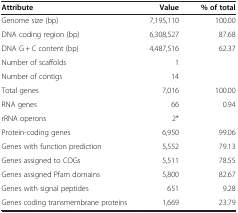
<table><thead><tr><td><b>Attribute</b></td><td><b>Value</b></td><td><b>% of total</b></td></tr></thead><tbody><tr><td>Genome size (bp)</td><td>7,195,110</td><td>100.00</td></tr><tr><td>DNA coding region (bp)</td><td>6,308,527</td><td>87.68</td></tr><tr><td>DNA G + C content (bp)</td><td>4,487,516</td><td>62.37</td></tr><tr><td>Number of scaffolds</td><td>1</td><td> </td></tr><tr><td>Number of contigs</td><td>14</td><td> </td></tr><tr><td>Total genes</td><td>7,016</td><td>100.00</td></tr><tr><td>RNA genes</td><td>66</td><td>0.94</td></tr><tr><td>rRNA operons</td><td>2*</td><td> </td></tr><tr><td>Protein-coding genes</td><td>6,950</td><td>99.06</td></tr><tr><td>Genes with function prediction</td><td>5,552</td><td>79.13</td></tr><tr><td>Genes assigned to COGs</td><td>5,511</td><td>78.55</td></tr><tr><td>Genes assigned Pfam domains</td><td>5,800</td><td>82.67</td></tr><tr><td>Genes with signal peptides</td><td>651</td><td>9.28</td></tr><tr><td>Genes coding transmembrane proteins</td><td>1,669</td><td>23.79</td></tr></tbody></table>